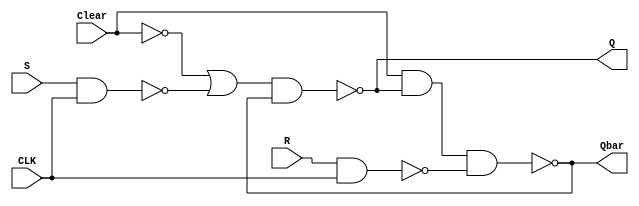
module SR_FF(Q, Qbar, S, R, CLK, Clear);
	
	output Q, Qbar;
	input S, R, CLK, Clear;
	
	wire w1, w2, w3, w4, w5;
	
	nand g1(w1, S, CLK);
	not (w2, Clear);
	or (w3, w2, w1);
	nand g2(Q, w3, Qbar);
	nand g3(w4, R, CLK);
	nand g4(Qbar, Clear, Q, w4);
	
endmodule